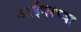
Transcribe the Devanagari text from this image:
आईवरच्या